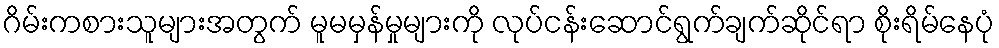
ဂိမ်းကစားသူများအတွက် မူမမှန်မှုများကို လုပ်ငန်းဆောင်ရွက်ချက်ဆိုင်ရာ စိုးရိမ်နေပုံ